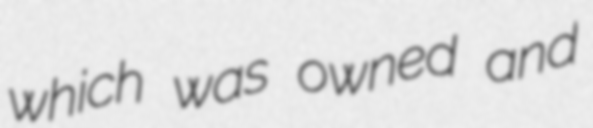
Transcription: which was owned and